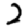
Digit: 2